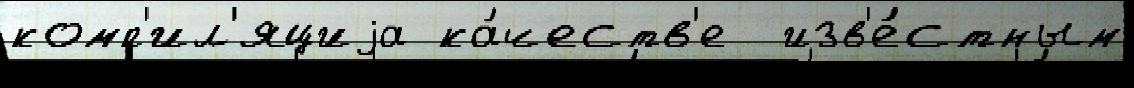
комп'ил'яциjа ка́честв'е  изв'е́стным